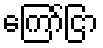
ကြော်ငြာ